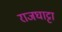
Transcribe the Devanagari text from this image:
राजघाट्टा